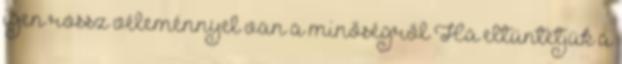
igen rossz véleménnyel van a minőségről Ha eltüntetjük a